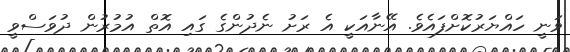
ވަނީ ހައްޔަރުކޮށްފައެވެ. އޭނާއަކީ އެ ރަށު ނެދުންގެ ގައި އޮތް އުމުރުން ދުވަސްވީ